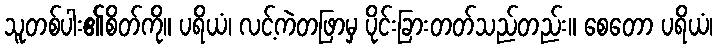
သူတစ်ပါး၏စိတ်ကို။ ပရိယံ၊ လင့်ကဲတဖြာမှ ပိုင်းခြားတတ်သည်တည်း။ စေတော ပရိယံ၊